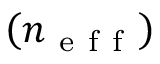
\left( n _ { \mathrm { ~ e ~ f ~ f ~ } } \right)